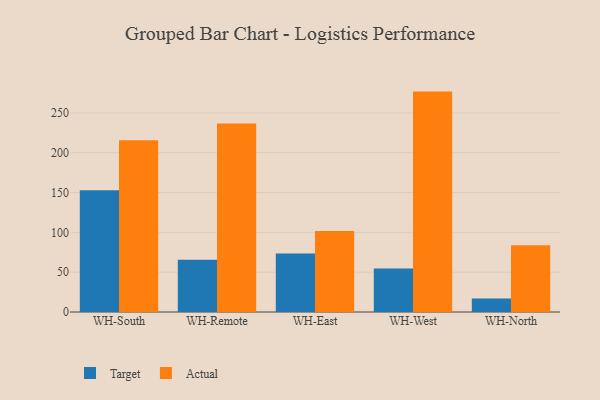
{"axis": {"x": "Warehouse", "y": "Population (Million)"}, "legend": ["Actual", "Target"], "data": [{"x": "WH-South", "y": 152.9, "type": "Target"}, {"x": "WH-South", "y": 215.5, "type": "Actual"}, {"x": "WH-Remote", "y": 65.7, "type": "Target"}, {"x": "WH-Remote", "y": 236.6, "type": "Actual"}, {"x": "WH-East", "y": 73.5, "type": "Target"}, {"x": "WH-East", "y": 101.8, "type": "Actual"}, {"x": "WH-West", "y": 54.7, "type": "Target"}, {"x": "WH-West", "y": 276.7, "type": "Actual"}, {"x": "WH-North", "y": 17.1, "type": "Target"}, {"x": "WH-North", "y": 83.7, "type": "Actual"}]}